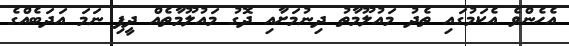
އެހެންވެ އެކަމުގައި ތެދު މައުލޫމާތު ދިނުމަށާއި ދޮގު މައުލޫމާތެއް ދީފި ނަމަ އަދަބެއްގެ